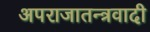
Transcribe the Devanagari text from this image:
अपराजातन्त्रवादी